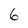
Character: 6